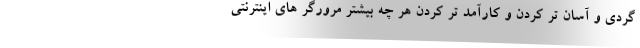
گردی و آسان تر کردن و کارآمد تر کردن هر چه بیشتر مرورگر های اینترنتی